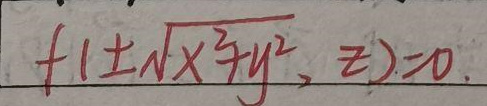
$f ( 1 \pm \sqrt { x ^ { 2 } + y ^ { 2 } }, z ) = 0$